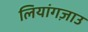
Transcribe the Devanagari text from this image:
लियांगज़ाउ